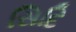
સિદિ